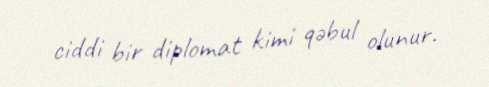
ciddi bir diplomat kimi qəbul olunur.